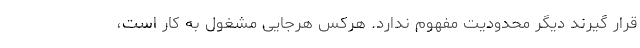
قرار گیرند دیگر محدودیت مفهوم ندارد. هرکس هرجایی مشغول به کار است،